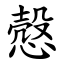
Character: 慤